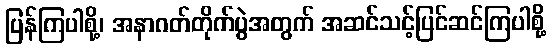
ပြန်ကြပါစို့၊ အနာဂတ်တိုက်ပွဲအတွက် အဆင်သင့်ပြင်ဆင်ကြပါစို့